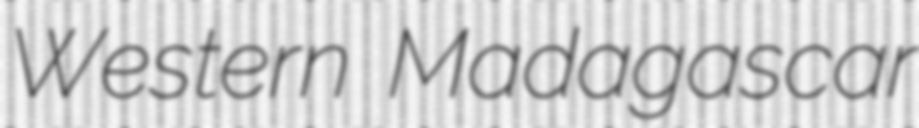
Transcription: Western Madagascar